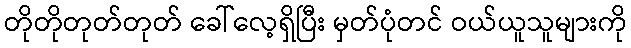
တိုတိုတုတ်တုတ် ခေါ်လေ့ရှိပြီး မှတ်ပုံတင် ဝယ်ယူသူများကို